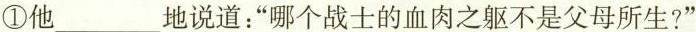
①他___地说道：”哪个战士的血肉之躯不是父母所生?”